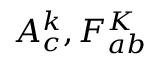
A _ { c } ^ { k } , F _ { a b } ^ { K }